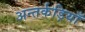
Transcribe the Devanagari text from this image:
अन्तर्कड़ियाँ